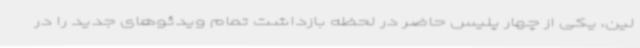
لین، یکی از چهار پلیس حاضر در لحظه بازداشت تمام ویدئوهای جدید را در